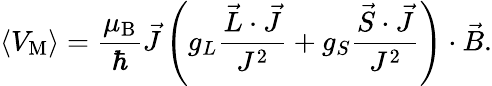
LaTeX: \langle V_{\mathrm{{M}}}\rangle={\frac{\mu_{\mathrm{{B}}}}{\hbar}}{\vec{J}}\left(g_{L}{\frac{{\vec{L}}\cdot{\vec{J}}}{J^{2}}}+g_{S}{\frac{{\vec{S}}\cdot{\vec{J}}}{J^{2}}}\right)\cdot{\vec{B}}.